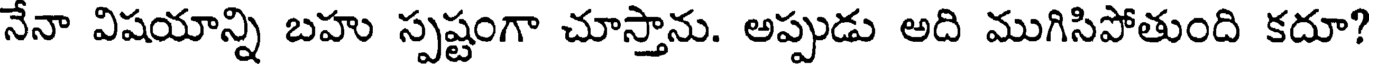
నేనా విషయాన్ని బహు స్పష్టంగా చూస్తాను. అప్పుడు అది ముగిసిపోతుంది కదూ?